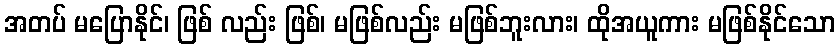
အတပ် မပြောနိုင်၊ ဖြစ် လည်း ဖြစ်၊ မဖြစ်လည်း မဖြစ်ဘူးလား၊ ထိုအယူကား မဖြစ်နိုင်သော